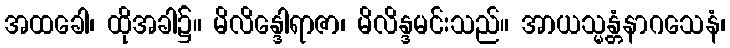
အထခေါ၊ ထိုအခါ၌။ မိလိန္ဒေါရာဇာ၊ မိလိန္ဒမင်းသည်။ အာယသ္မန္တံနာဂသေနံ၊